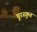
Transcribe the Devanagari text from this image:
पुरस्कुत